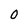
Character: o